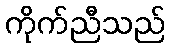
ကိုက်ညီသည်